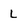
Character: L